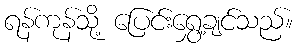
ရန်ကုန်သို့ ပြေင်းရွှေ့ချင်သည်။